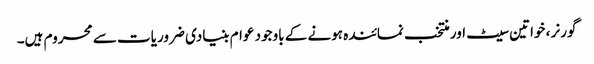
گورنر ، خواتین سیٹ اور منتخب نمائندہ ہونے کے باوجود عوام بنیادی ضروریات سے محروم ہیں۔